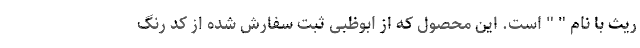
ریث با نام " " است. این محصول که از ابوظبی ثبت سفارش شده از کد رنگ